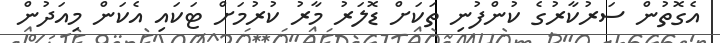
އެގޮތުން ސަރުކާރުގެ ކުންފުނި ތަކަށް ޑޮލަރު މާރު ކުރުމަށް ޓަކައި އެކަން މިއަދުން